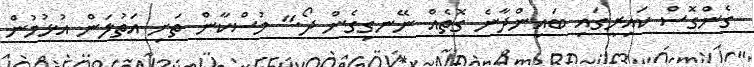
ގެންގޮސް ކައިރީގައި ބައިންދާނެ ގޮތެއް ނޭނގިގެން ދޯ." މުސްކާން ތަށި އަތުލަން އުޅުމުން